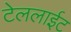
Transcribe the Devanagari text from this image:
टेललाईट